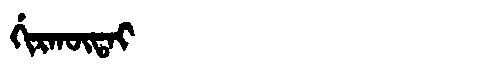
Manchu: ᡤᡳᡵᡴᡡᡨᠠᡳ
Romanization: GIRKŪTAI